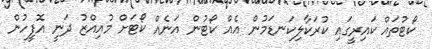
ކޯޓުތައް ކައިރީގައި ކުރަކާލިކަނޑަމުން އެއް ކޯޓުން އަނެއް ކޯޓަށް މުއިއްޒު ދަނީ އޮފީހުން